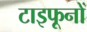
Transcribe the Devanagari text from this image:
टाइफूनों